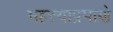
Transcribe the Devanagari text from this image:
महत्त्वाप्रमाणे